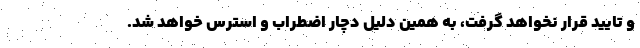
و تایید قرار نخواهد گرفت، به همین دلیل دچار اضطراب و استرس خواهد شد.